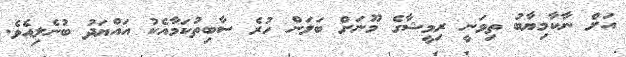
އަށް ނާކާމިޔާބު ތިވަނީ ރިމީޝާގެ މޫނަށް ބަލަން ހުރެ ސާބިތުކަމާއެކު އައްޔަދު ބުނެލިއެވެ.